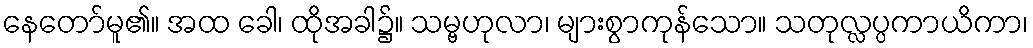
နေတော်မူ၏။ အထ ခေါ၊ ထိုအခါ၌။ သမ္ဗဟုလာ၊ များစွာကုန်သော။ သတုလ္လပ္ပကာယိကာ၊